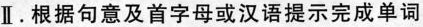
Ⅱ.根据句意及首字母或汉语提示完成单词